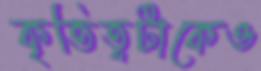
কৃতিত্বটাকেও